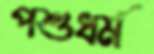
পশুধর্ম